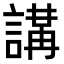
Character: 𧪸